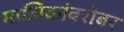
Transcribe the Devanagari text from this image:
मालिकांबरोबर